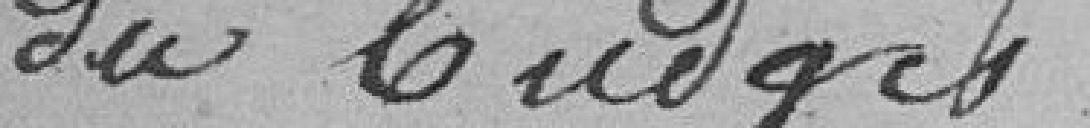
du budget